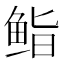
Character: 𮬜